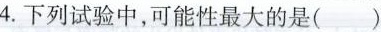
4. 下列试验中，可能性最大的是( )